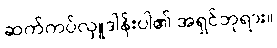
ဆက်ကပ်လှူဒါန်းပါ၏ အရှင်ဘုရား။